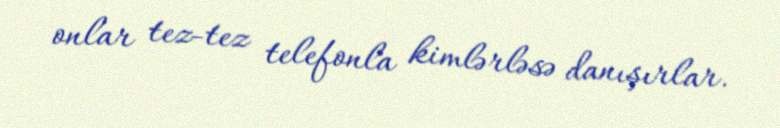
onlar tez-tez telefonla kimlərləsə danışırlar.